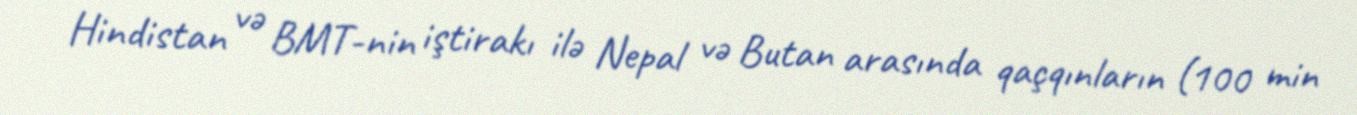
Hindistan və BMT-nin iştirakı ilə Nepal və Butan arasında qaçqınların (100 min